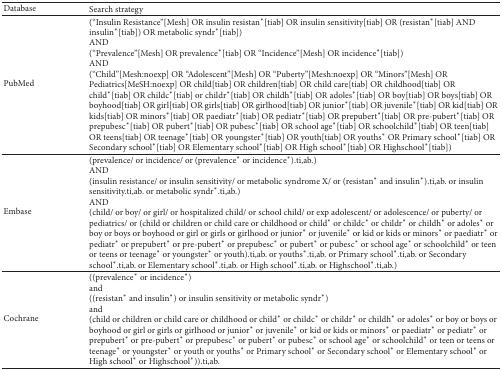
| Database | Search strategy |
 | --- | --- |
 | PubMed | (“Insulin Resistance”[Mesh] OR insulin resistan∗[tiab] OR insulin sensitivity[tiab] OR (resistan∗[tiab] AND insulin∗[tiab]) OR metabolic syndr∗[tiab]) AND (“Prevalence”[Mesh] OR prevalence∗[tiab] OR “Incidence”[Mesh] OR incidence∗[tiab])AND (“Child”[Mesh:noexp] OR “Adolescent”[Mesh] OR “Puberty”[Mesh:noexp] OR “Minors”[Mesh] OR Pediatrics[MeSH:noexp] OR child[tiab] OR children[tiab] OR child care[tiab] OR childhood[tiab] OR child∗[tiab] OR childc∗[tiab] or childr∗[tiab] OR childh∗[tiab] OR adoles∗[tiab] OR boy[tiab] OR boys[tiab] OR boyhood[tiab] OR girl[tiab] OR girls[tiab] OR girlhood[tiab] OR junior∗[tiab] OR juvenile∗[tiab] OR kid[tiab] OR kids[tiab] OR minors∗[tiab] OR paediatr∗[tiab] OR pediatr∗[tiab] OR prepubert∗[tiab] OR pre-pubert∗[tiab] OR prepubesc∗[tiab] OR pubert∗[tiab] OR pubesc∗[tiab] OR school age∗[tiab] OR schoolchild∗[tiab] OR teen[tiab] OR teens[tiab] OR teenage∗[tiab] OR youngster∗[tiab] OR youth[tiab] OR youths∗ OR Primary school∗[tiab] OR Secondary school∗[tiab] OR Elementary school∗[tiab] OR High school∗[tiab] OR Highschool∗[tiab]) |
 | Embase | (prevalence/ or incidence/ or (prevalence∗ or incidence∗).ti,ab.) AND (insulin resistance/ or insulin sensitivity/ or metabolic syndrome X/ or (resistan∗ and insulin∗).ti,ab. or insulin sensitivity.ti,ab. or metabolic syndr∗.ti,ab.) AND (child/ or boy/ or girl/ or hospitalized child/ or school child/ or exp adolescent/ or adolescence/ or puberty/ or pediatrics/ or (child or children or child care or childhood or child∗ or childc∗ or childr∗ or childh∗ or adoles∗ or boy or boys or boyhood or girl or girls or girlhood or junior∗ or juvenile∗ or kid or kids or minors∗ or paediatr∗ or pediatr∗ or prepubert∗ or pre-pubert∗ or prepubesc∗ or pubert∗ or pubesc∗ or school age∗ or schoolchild∗ or teen or teens or teenage∗ or youngster∗ or youth).ti,ab. or youths∗.ti,ab. or Primary school∗.ti,ab. or Secondary school∗.ti,ab. or Elementary school∗.ti,ab. or High school∗.ti,ab. or Highschool∗.ti,ab.) |
 | Cochrane | ((prevalence∗ or incidence∗) and ((resistan∗ and insulin∗) or insulin sensitivity or metabolic syndr∗) and (child or children or child care or childhood or child∗ or childc∗ or childr∗ or childh∗ or adoles∗ or boy or boys or boyhood or girl or girls or girlhood or junior∗ or juvenile∗ or kid or kids or minors∗ or paediatr∗ or pediatr∗ or prepubert∗ or pre-pubert∗ or prepubesc∗ or pubert∗ or pubesc∗ or school age∗ or schoolchild∗ or teen or teens or teenage∗ or youngster∗ or youth or youths∗ or Primary school∗ or Secondary school∗ or Elementary school∗ or High school∗ or Highschool∗)).ti,ab. |